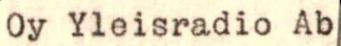
Oy Yleisradio Ab